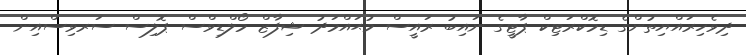
ދިވެހިރައްޔިތުންގެ ޑިމޮކްރަޓިކް ޕާޓީގެ ނައިބު ރައީސް މުޙައްމަދު ޝިފާޒް މޯލްޑިވްސް ޕޮލިސް ސަރވިސްއިން